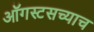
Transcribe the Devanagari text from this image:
ऑगस्टसच्याच